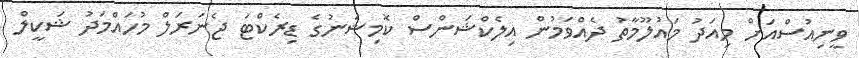
ވީނިއުސްއަށް މިއަދު މައުލޫމާތު ދެއްވަމުން އިލެކްޝަންސް ކޮމިޝަނުގެ ޑިރެކްޓަ ޖެނަރަލް މުހައްމަދު ޝަކީލް